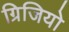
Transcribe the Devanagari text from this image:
ग्रिजियो